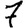
Digit: 7